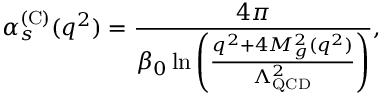
\alpha _ { s } ^ { ( \mathrm { C ) } } ( q ^ { 2 } ) = \frac { 4 \pi } { \beta _ { 0 } \ln \left( \frac { q ^ { 2 } + 4 M _ { g } ^ { 2 } ( q ^ { 2 } ) } { \Lambda _ { \mathrm { Q C D } } ^ { 2 } } \right) } ,